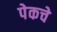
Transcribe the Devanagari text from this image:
पेकचे